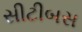
સીટીબસ